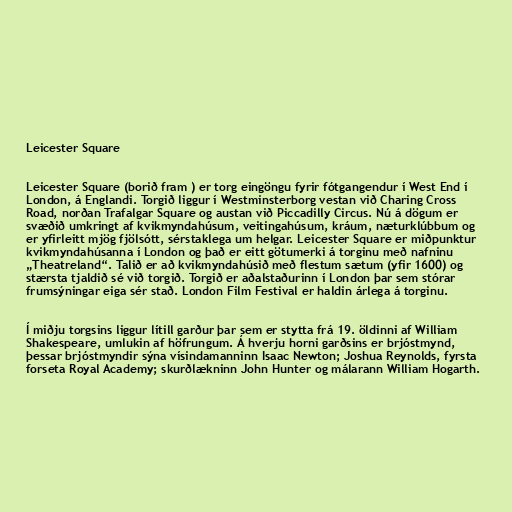
Leicester Square

Leicester Square (borið fram ) er torg eingöngu fyrir fótgangendur í West End í
London, á Englandi. Torgið liggur í Westminsterborg vestan við Charing Cross
Road, norðan Trafalgar Square og austan við Piccadilly Circus. Nú á dögum er
svæðið umkringt af kvikmyndahúsum, veitingahúsum, kráum, næturklúbbum og
er yfirleitt mjög fjölsótt, sérstaklega um helgar. Leicester Square er miðpunktur
kvikmyndahúsanna í London og það er eitt götumerki á torginu með nafninu
„Theatreland“. Talið er að kvikmyndahúsið með flestum sætum (yfir 1600) og
stærsta tjaldið sé við torgið. Torgið er aðalstaðurinn í London þar sem stórar
frumsýningar eiga sér stað. London Film Festival er haldin árlega á torginu.

Í miðju torgsins liggur lítill garður þar sem er stytta frá 19. öldinni af William
Shakespeare, umlukin af höfrungum. Á hverju horni garðsins er brjóstmynd,
þessar brjóstmyndir sýna vísindamanninn Isaac Newton; Joshua Reynolds, fyrsta
forseta Royal Academy; skurðlækninn John Hunter og málarann William Hogarth.